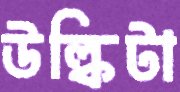
উল্কিটা